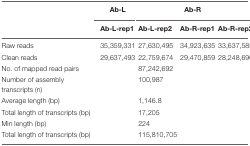
|  | Ab-L |  | Ab-R |  |
 |  | Ab-L-rep1 | Ab-L-rep2 | Ab-R-rep1 | Ab-R-rep2 |
 | --- | --- | --- | --- | --- |
 | Raw reads | 35,359,331 | 27,630,495 | 34,923,635 | 33,637,585 |
 | Clean reads | 29,637,493 | 22,759,674 | 29,470,859 | 28,248,696 |
 | No. of mapped read pairs |  | 87,242,692 |  |  |
 | Number of assembly transcripts (n) |  | 100,987 |  |  |
 | Average length (bp) |  | 1,146.8 |  |  |
 | Total length of transcripts (bp) |  | 17,205 |  |  |
 | Min length (bp) |  | 224 |  |  |
 | Total length of transcripts (bp) |  | 115,810,705 |  |  |